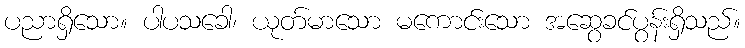
ပညာရှိသော။ ပါပသခေါ၊ ယုတ်မာသော မကောင်းသော အဆွေခင်ပွန်းရှိသည်။